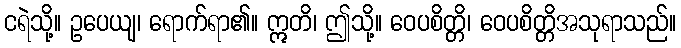
ငရဲသို့။ ဥပေယျ၊ ရောက်ရာ၏။ ဣတိ၊ ဤသို့။ ဝေပစိတ္တိ၊ ဝေပစိတ္တိအသုရာသည်။